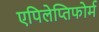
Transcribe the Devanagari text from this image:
एपिलेप्तिफोर्म